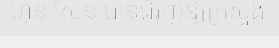
ហ៊ុន សែន បានជំរុញឱ្យក្រសួង